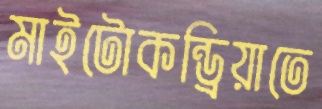
মাইটোকন্ড্রিয়াতে